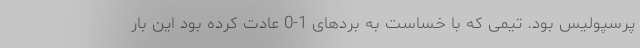
پرسپولیس بود. تیمی که با خساست به بردهای 1-0 عادت کرده بود این بار